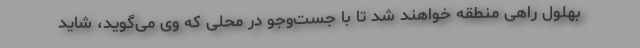
بهلول راهی منطقه خواهند شد تا با جست‌وجو در محلی که وی می‌گوید، شاید